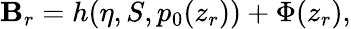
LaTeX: {\cal\mathbf{B}}_{r}=h(\eta,S,p_{0}(z_{r}))+\Phi(z_{r}),